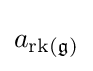
a_{\operatorname {rk} ({\mathfrak {g}})}